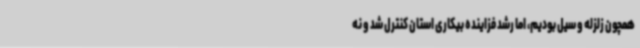
همچون زلزله و سیل بودیم، اما رشد فزاینده بیکاری استان کنترل شد و نه